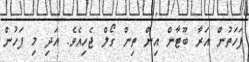
ފަހަތުން އަރާ ބޫޓާން އިން ތިން ގޯލް ޖެހިއެވެ. އަދި މި ފަހުން